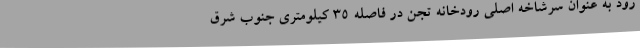
رود به عنوان سرشاخه اصلی رودخانه تجن در فاصله ۳۵ کیلومتری جنوب شرق